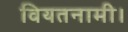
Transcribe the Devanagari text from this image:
वियतनामी।